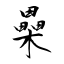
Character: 櫐